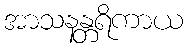
အာသနန္တရိကာယ